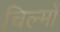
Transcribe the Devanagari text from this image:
चिल्मों